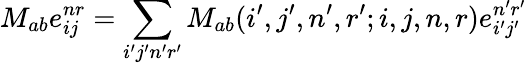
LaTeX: M_{ab}e_{ij}^{nr}=\sum_{i^{\prime}j^{\prime}n^{\prime}r^{\prime}}M_{ab}(i^{\prime},j^{\prime},n^{\prime},r^{\prime};i,j,n,r)e_{i^{\prime}j^{\prime}}^{n^{\prime}r^{\prime}}